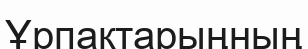
Ұрпақтарыңның